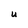
Character: U